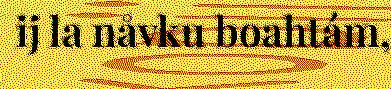
ij la nåvku boahtám,